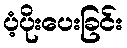
ပံ့ပိုးပေးခြင်း